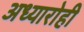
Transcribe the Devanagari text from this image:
अध्यारोही